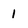
Character: 1